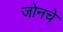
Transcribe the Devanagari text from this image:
जोनचे